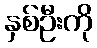
နှစ်ဦးကို